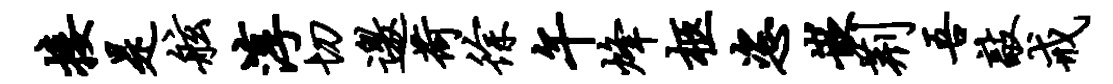
接是舷淳切邀荷徐午烽柩恣嵌荆吾敲戒